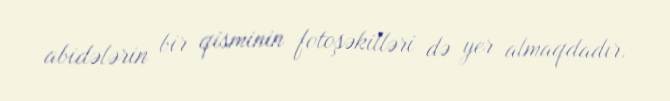
abidələrin bir qisminin fotoşəkilləri də yer almaqdadır.